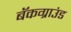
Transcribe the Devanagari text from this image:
बॅकग्राउंड